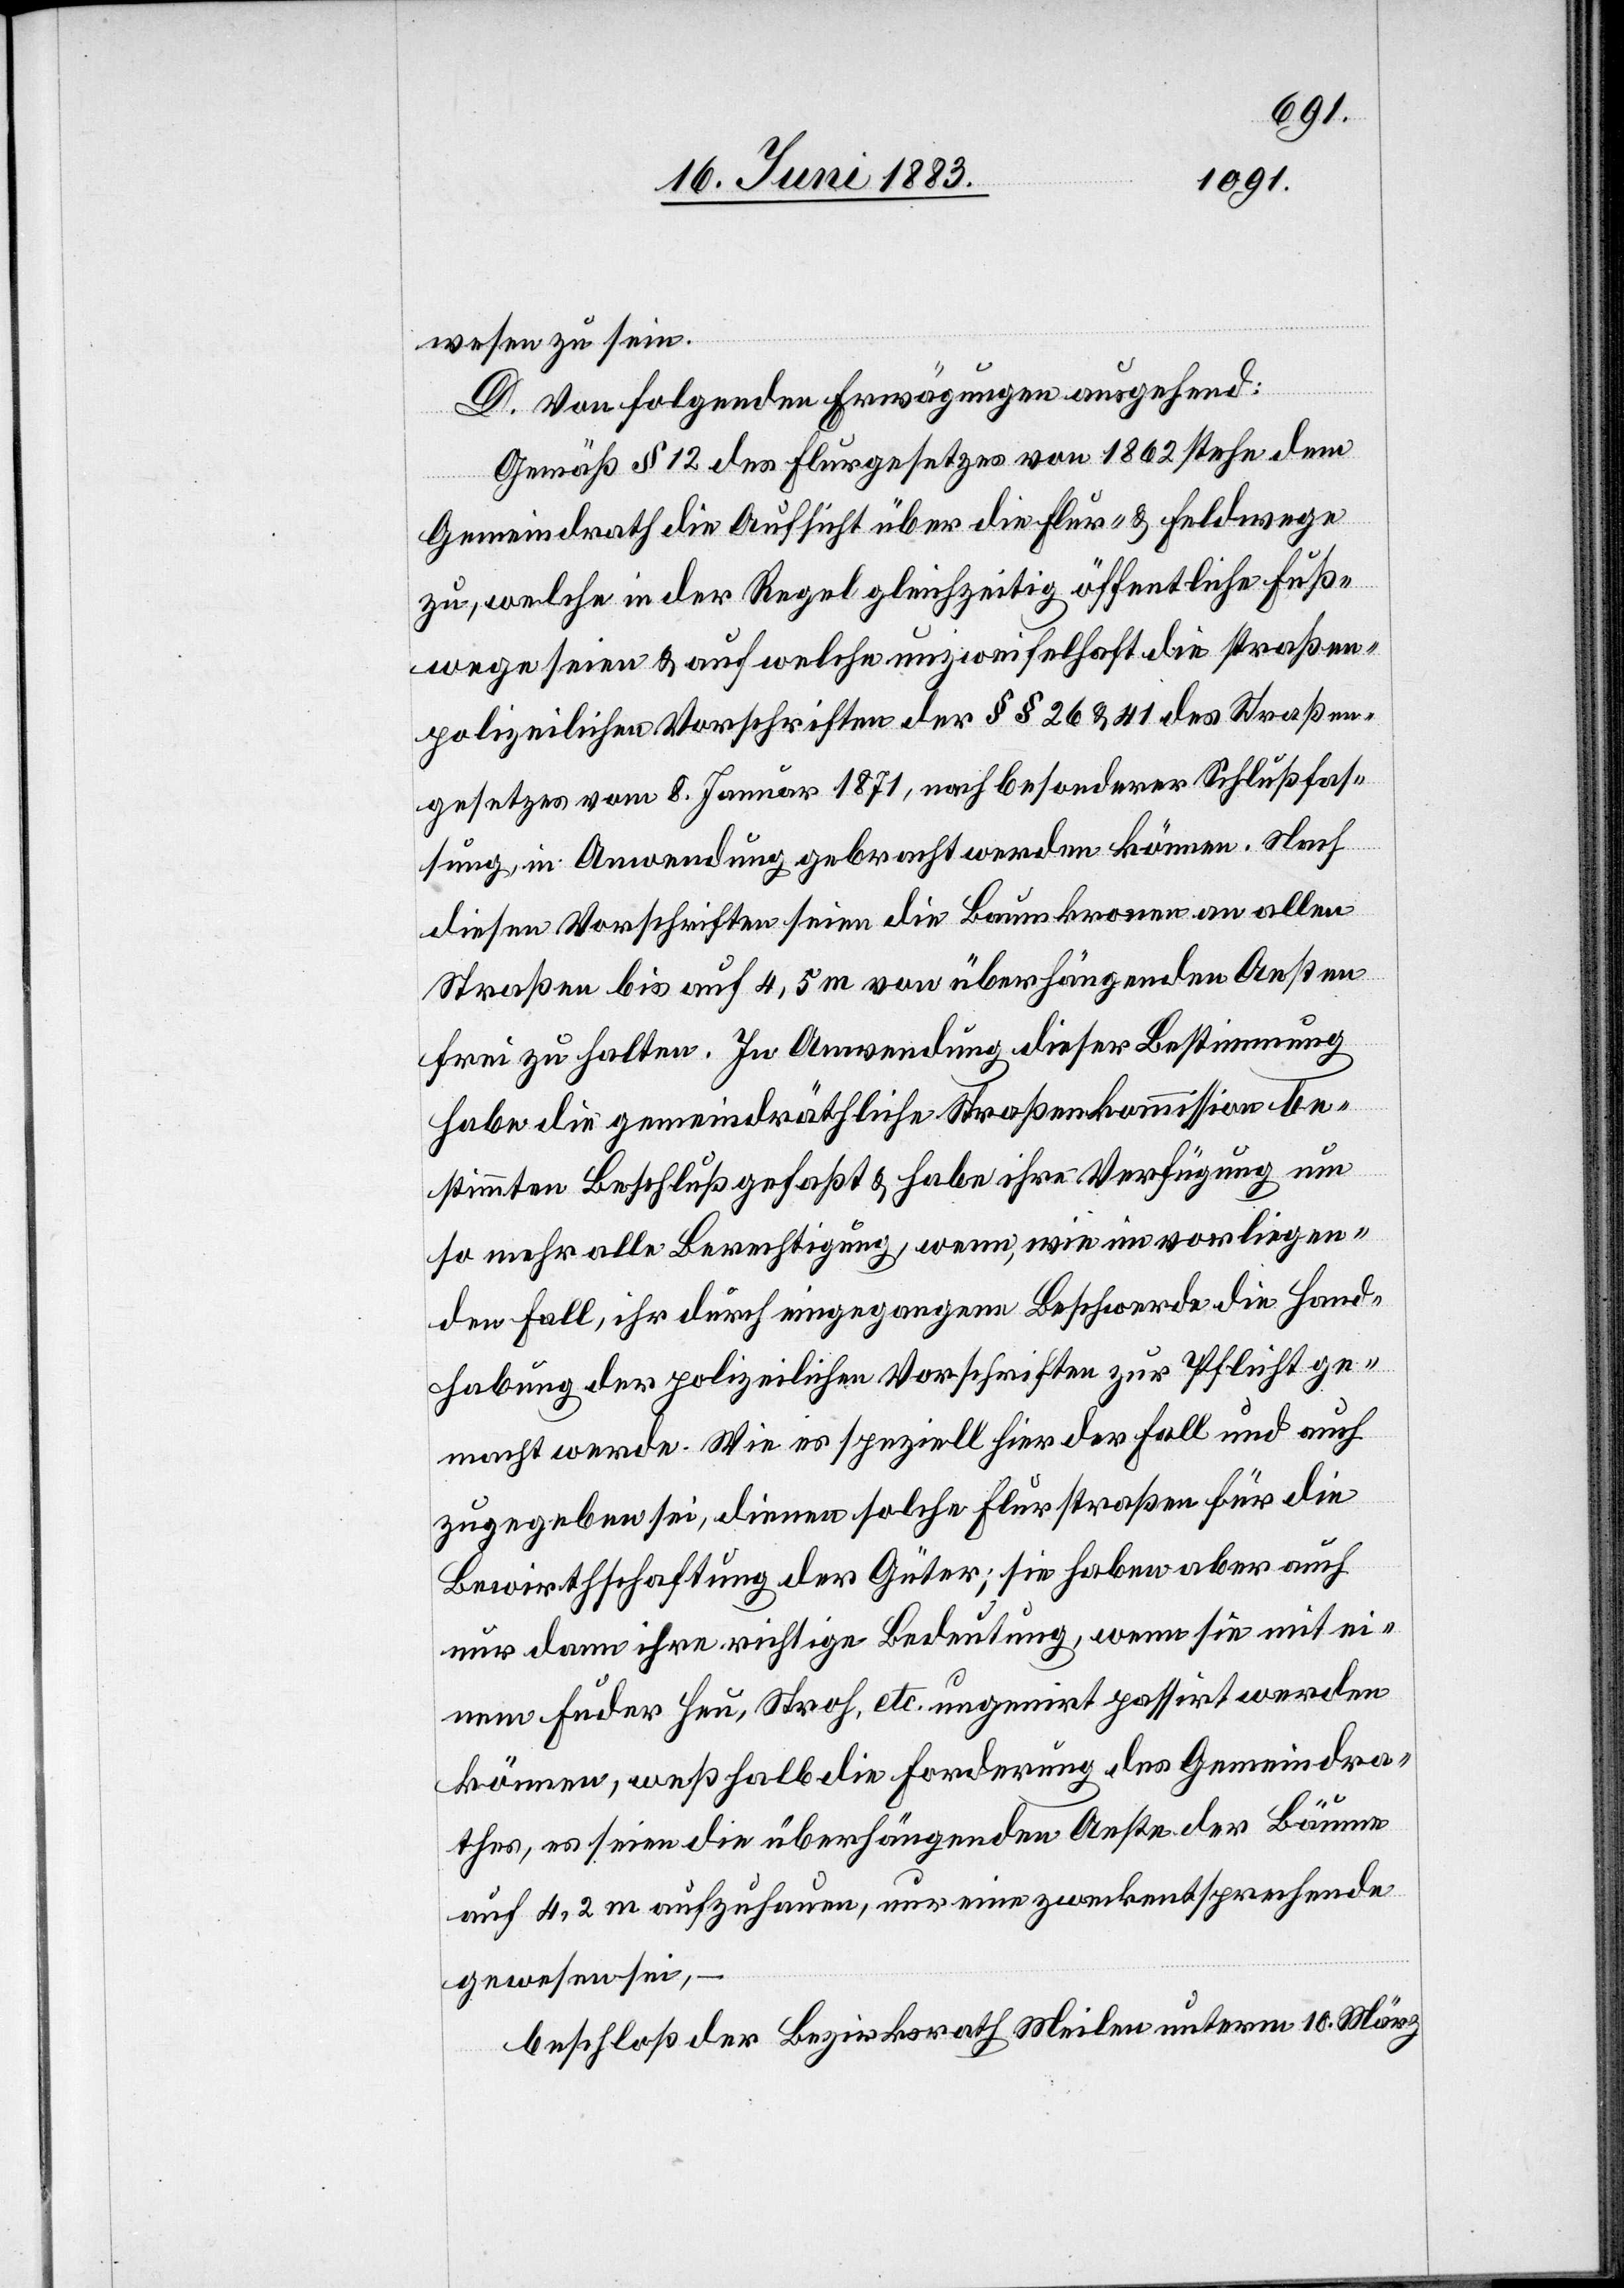
wesen zu sein.
D. Von folgenden Erwägungen ausgehend:
Gemäß § 12 des Flurgesetzes von 1862 stehe dem
Gemeindrath die Aufsicht über die Flur- & Feldwege
zu, welche in der Regel gleichzeitig öffentliche Fuß¬
wege seien & auf welche unzweifelhaft die straßen¬
polizeilichen Vorschriften der §§ 26 & 41 des Straßen¬
gesetzes vom 8. Januar 1871, nach besonderer Schlußfas¬
sung, in Anwendung gebracht werden können. Nach
diesen Vorschriften seien die Baumkronen an allen
Straßen bis auf 4,5 m von überhängenden Aesten
frei zu halten. In Anwendung dieser Bestimmung
habe die gemeindräthliche Straßenkommission be¬
stimmten Beschluß gefaßt & habe ihre Verfügung um
so mehr alle Berechtigung, wenn, wie im vorliegen¬
den Fall, ihr durch eingegangene Beschwerde die Hand¬
habung der polizeilichen Vorschriften zur Pflicht ge¬
macht werde. Wie es speziell hier der Fall und auch
zugegeben sei, dienen solche Flurstraßen für die
Bewirthschaftung der Güter; sie haben aber auch
nur dann ihre richtige Bedeutung, wenn sie mit ei¬
nem Fuder Heu, Stroh, etc. ungenirt passirt werden
können, weßhalb die Forderung des Gemeindra¬
thes, es seien die überhängenden Aeste der Bäume
auf 4,2 m aufzuhauen, nur eine zweckentsprechende
gewesen sei,
beschloß der Bezirksrath Meilen unterm 10. März